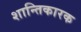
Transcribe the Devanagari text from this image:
शान्तिकारक